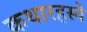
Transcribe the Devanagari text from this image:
कथारहस्ये